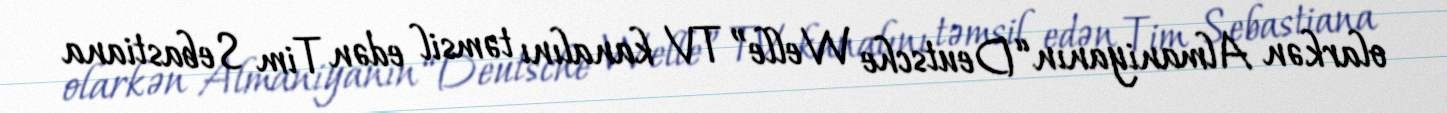
olarkən Almaniyanın “Deutsche Welle” TV kanalını təmsil edən Tim Sebastiana